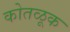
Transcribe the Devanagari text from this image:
कोतळूक